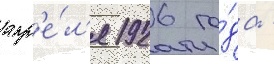
апр'е́л'я 1926 го́да -